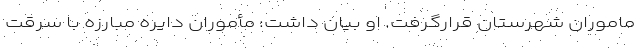
ماموران شهرستان قرارگرفت. او بیان داشت: مأموران دایره مبارزه با سرقت